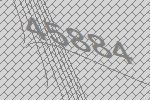
45884